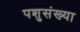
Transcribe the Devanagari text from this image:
पशुसंख्या